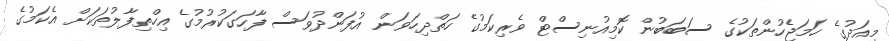
މިއަދުގެ ހަމަޖެހުންތަކުގެ ސަބަބުން ކޮމިއުނިސްޓް ވެރިކަމުގެ ހަތްދިހަވަން އުފަންދުވަސް ފާހަގަކުރުމުގެ އިހްތިފާލުތަކަށް އެކަމުގެ